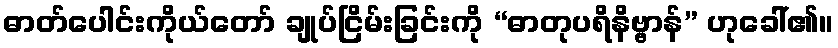
ဓာတ်ပေါင်းကိုယ်တော် ချုပ်ငြိမ်းခြင်းကို “ဓာတုပရိနိဗ္ဗာန်” ဟုခေါ်၏။